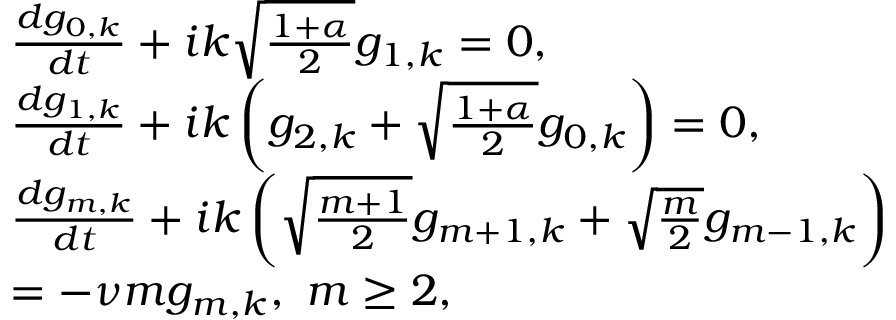
\begin{array} { r l } & { \frac { d g _ { 0 , k } } { d t } + i k \sqrt { \frac { 1 + \alpha } { 2 } } g _ { 1 , k } = 0 , } \\ & { \frac { d g _ { 1 , k } } { d t } + i k \left( g _ { 2 , k } + \sqrt { \frac { 1 + \alpha } { 2 } } g _ { 0 , k } \right) = 0 , } \\ & { \frac { d g _ { m , k } } { d t } + i k \left( \sqrt { \frac { m + 1 } { 2 } } g _ { m + 1 , k } + \sqrt { \frac { m } { 2 } } g _ { m - 1 , k } \right) } \\ & { = - \nu m g _ { m , k } , \ m \ge 2 , } \end{array}